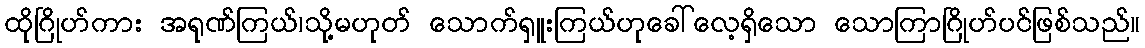
ထိုဂြိုဟ်ကား အရုဏ်ကြယ်၊သို့မဟုတ် သောက်ရှူးကြယ်ဟုခေါ်လေ့ရှိသော သောကြာဂြိုဟ်ပင်ဖြစ်သည်။